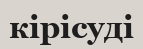
кірісуді